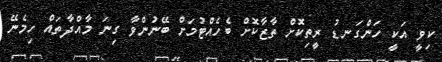
ކިވީ އަކީ ހަންގަނޑު ރީތިކޮށް ތާޒާކޮށް ބެހެއްޓުމަށް ބޭނުންވާ ގިނަ މާއްދާތައް ހިމެނޭ